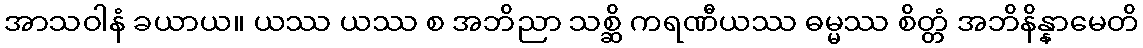
အာသဝါနံ ခယာယ။ ယဿ ယဿ စ အဘိညာ သစ္ဆိ ကရဏီယဿ ဓမ္မဿ စိတ္တံ အဘိနိန္နာမေတိ